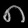
Digit: ၈